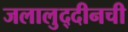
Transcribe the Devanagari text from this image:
जलालुद्दीनची